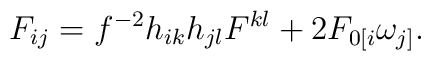
F_{ij}=f^{-2}h_{ik}h_{jl}F^{kl}+2F_{0[i}\omega_{j]}.